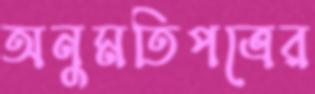
অনুমতিপত্রের